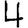
Digit: 4